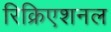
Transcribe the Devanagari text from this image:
रिक्रिएशनल